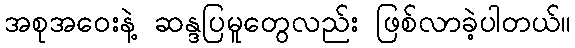
အစုအဝေးနဲ့ ဆန္ဒပြမူတွေလည်း ဖြစ်လာခဲ့ပါတယ်။